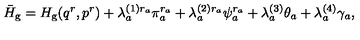
\bar { H } _ { \mathrm { g } } = H _ { \mathrm { g } } ( q ^ { r } , p ^ { r } ) + \lambda _ { a } ^ { ( 1 ) r _ { a } } \pi _ { a } ^ { r _ { a } } + \lambda _ { a } ^ { ( 2 ) r _ { a } } \psi _ { a } ^ { r _ { a } } + \lambda _ { a } ^ { ( 3 ) } \theta _ { a } + \lambda _ { a } ^ { ( 4 ) } \gamma _ { a } ,